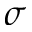
\sigma